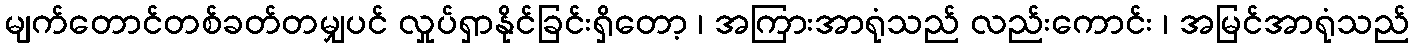
မျက်တောင်တစ်ခတ်တမျှပင် လှုပ်ရှာနိုင်ခြင်းရှိတော့ ၊ အကြားအာရုံသည် လည်းကောင်း ၊ အမြင်အာရုံသည်